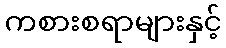
ကစားစရာများနှင့်